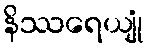
နိဿရေယျုံ